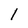
Character: 1